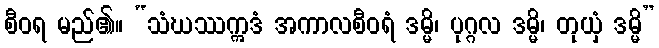
စီဝရ မည်၏။ “သံဃဿဣဒံ အကာလစီဝရံ ဒမ္မိ၊ ပုဂ္ဂလ ဒမ္မိ၊ တုယှံ ဒမ္မိ”